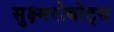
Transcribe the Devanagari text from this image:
सुक्ष्मरोबोट्स